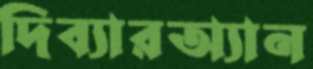
দিব্যারঅ্যান